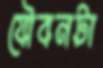
যৌবনটা